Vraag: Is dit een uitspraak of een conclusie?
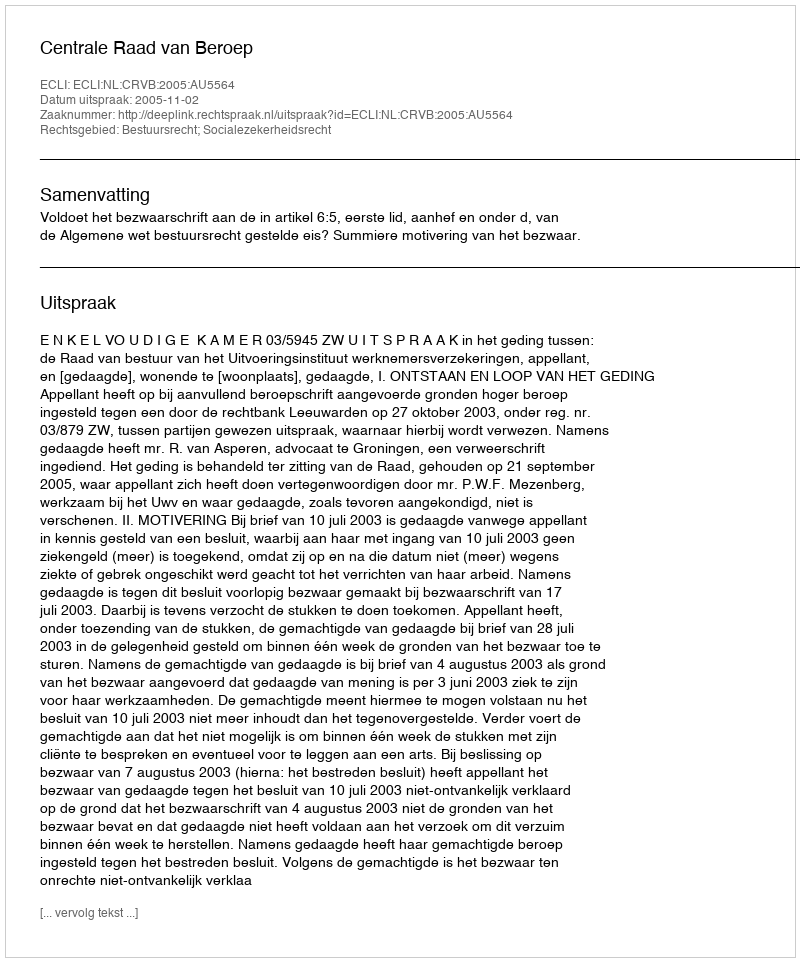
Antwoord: Uitspraak